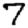
Digit: 7